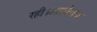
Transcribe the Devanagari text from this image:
रही।आलोचक